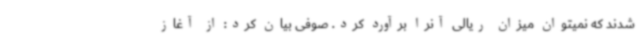
شدند که نمیتوان میزان ریالی آنرا برآورد کرد. صوفی بیان کرد: از آغاز